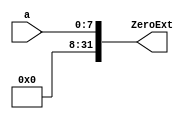
module zero_extend
  #(parameter WIDTH = 8, ZEROS = 24)
  (a,ZeroExt);

    input [WIDTH-1:0] a;
    output [31:0] ZeroExt;

    assign ZeroExt = {{(32 - WIDTH){1'b0}}, a};

endmodule